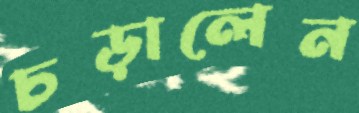
চড়ালেন